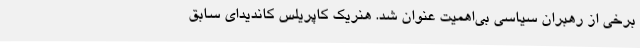
برخی از رهبران سیاسی بی‌اهمیت عنوان شد. هنریک کاپریلس کانديدای سابق